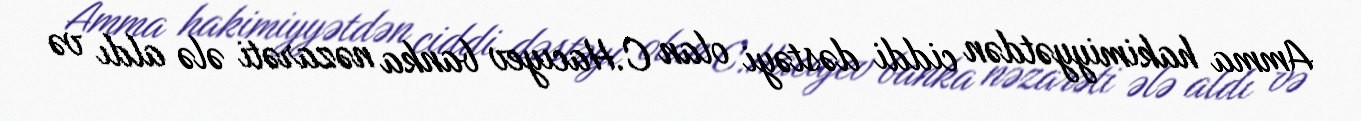
Amma hakimiyyətdən ciddi dəstəyi olan C.Hacıyev banka nəzarəti ələ aldı və